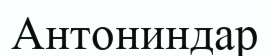
Антониндар